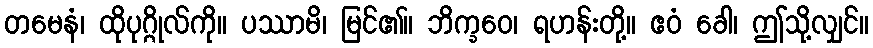
တမေနံ၊ ထိုပုဂ္ဂိုလ်ကို။ ပဿာမိ၊ မြင်၏။ ဘိက္ခဝေ၊ ရဟန်းတို့။ ဧဝံ ခေါ၊ ဤသို့လျှင်။